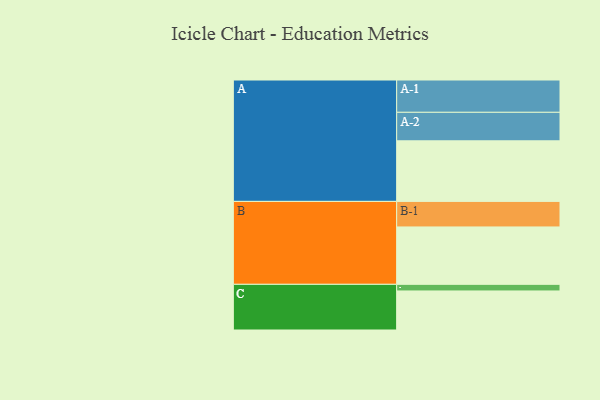
{"axis": {"x": "Segment", "y": "Value"}, "legend": ["", "A", "B", "C"], "data": [{"x": "A", "y": 512, "type": ""}, {"x": "B", "y": 485, "type": ""}, {"x": "C", "y": 330, "type": ""}, {"x": "A-1", "y": 273, "type": "A"}, {"x": "A-2", "y": 241, "type": "A"}, {"x": "B-1", "y": 216, "type": "B"}, {"x": "C-1", "y": 56, "type": "C"}]}